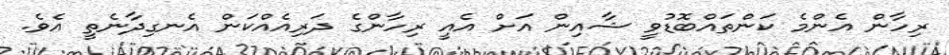
ރިހާން އެންމެ ކަންތައްބޮޑުވީ ޝާއިން އަށް އެއީ ރިހާންގެ ދަރިއެއްކަން އެނގިދާނެތީ އެވެ.